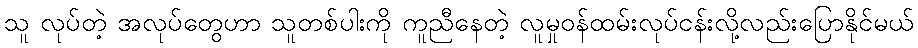
သူ လုပ်တဲ့ အလုပ်တွေဟာ သူတစ်ပါးကို ကူညီနေတဲ့ လူမှုဝန်ထမ်းလုပ်ငန်းလို့လည်းပြောနိုင်မယ်